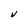
Character: V